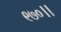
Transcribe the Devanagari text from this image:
९७०।।